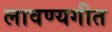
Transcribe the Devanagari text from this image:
लावण्यगीत